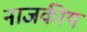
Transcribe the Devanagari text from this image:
नाजकीय